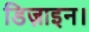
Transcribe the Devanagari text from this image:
डिज़ाइन।